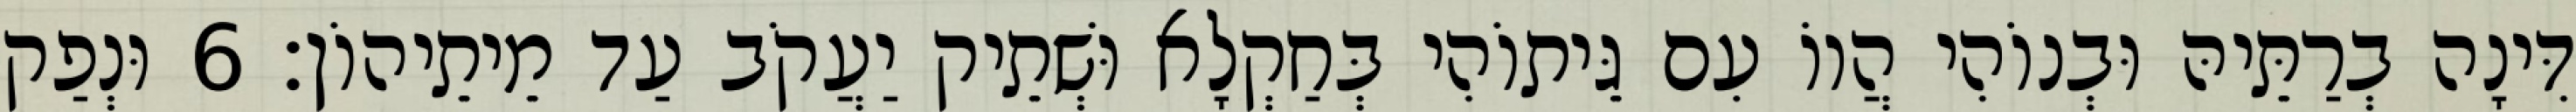
דִּינָה בְרַתֵּיהּ וּבְנוֹהִי הֲווֹ עִם גֵּיתוֹהִי בְּחַקְלָא וּשְׁתֵיק יַעֲקֹב עַד מֵיתֵיהוֹן׃ 6 וּנְפַק